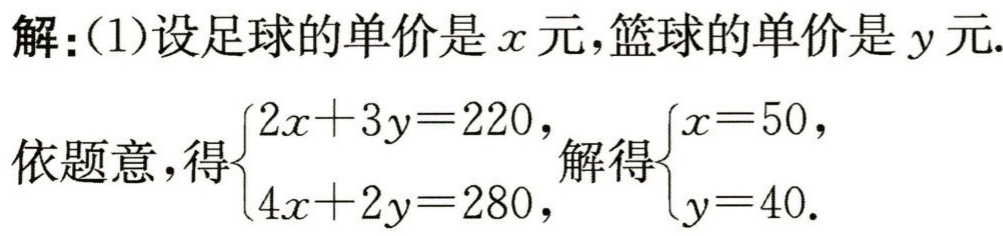
解：(1)设足球的单价是\(x\)元，篮球的单价是\(y\)元.

依题意，得\(\begin{cases}2x + 3y = 220,\\4x + 2y = 280,\end{cases}\)解得\(\begin{cases}x = 50,\\y = 40.\end{cases}\)